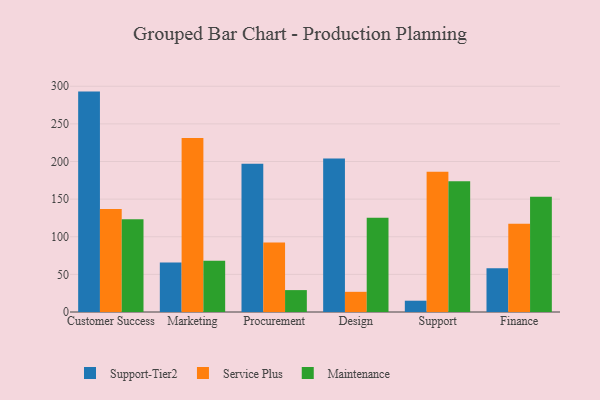
{"axis": {"x": "Department", "y": "Churn Rate (%)"}, "legend": ["Maintenance", "Service Plus", "Support-Tier2"], "data": [{"x": "Customer Success", "y": 292.9, "type": "Support-Tier2"}, {"x": "Customer Success", "y": 136.8, "type": "Service Plus"}, {"x": "Customer Success", "y": 123.3, "type": "Maintenance"}, {"x": "Marketing", "y": 65.8, "type": "Support-Tier2"}, {"x": "Marketing", "y": 231.3, "type": "Service Plus"}, {"x": "Marketing", "y": 68.1, "type": "Maintenance"}, {"x": "Procurement", "y": 197.0, "type": "Support-Tier2"}, {"x": "Procurement", "y": 92.5, "type": "Service Plus"}, {"x": "Procurement", "y": 29.1, "type": "Maintenance"}, {"x": "Design", "y": 204.1, "type": "Support-Tier2"}, {"x": "Design", "y": 26.8, "type": "Service Plus"}, {"x": "Design", "y": 125.2, "type": "Maintenance"}, {"x": "Support", "y": 15.0, "type": "Support-Tier2"}, {"x": "Support", "y": 186.4, "type": "Service Plus"}, {"x": "Support", "y": 173.7, "type": "Maintenance"}, {"x": "Finance", "y": 58.0, "type": "Support-Tier2"}, {"x": "Finance", "y": 117.3, "type": "Service Plus"}, {"x": "Finance", "y": 153.2, "type": "Maintenance"}]}